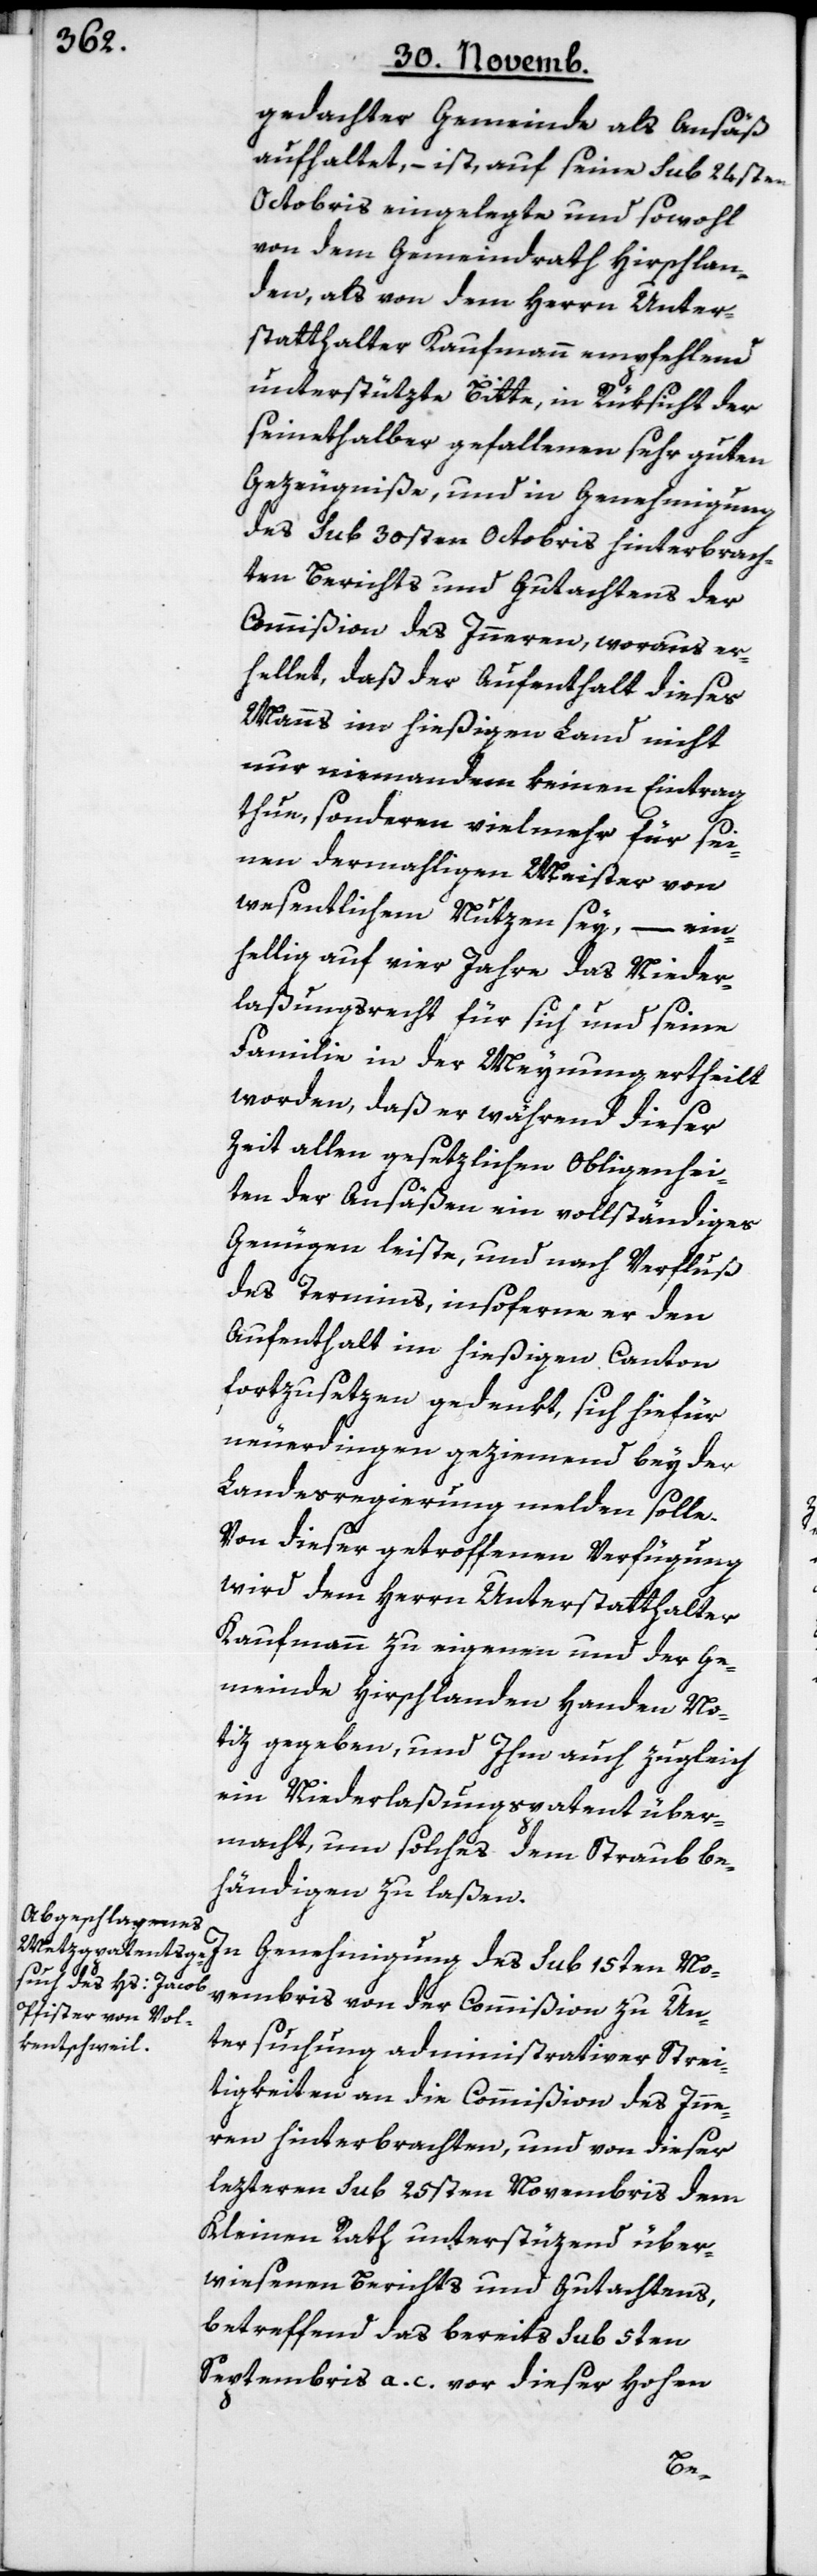
gedachter Gemeinde als Ansäß
aufhaltet, – ist, auf seine sub 24sten
Octobris eingelegte und sowohl
von dem Gemeindrath Hirschlan¬
den, als von dem Herrn Unter¬
statthalter Kaufmann empfehlend
unterstützte Bitte, in Rüksicht der
seinethalber gefallenen sehr guten
Gezeugniße, und in Genehmigung
des sub 30sten Octobris hinterbrach¬
ten Berichts und Gutachtens der
Commißion des Innern, woraus er¬
hellet, daß der Aufenthalt dieses
Manns im hießigen Land nicht
nur niemandem keinen Eintrag
thue, sonderen vielmehr für sei¬
nen dermahligen Meister von
wesentlichem Nutzen sey, – ein¬
hellig auf vier Jahre das Nieder¬
laßungsrecht für sich und seine
Familie in der Meynung ertheilt
worden, daß er während dieser
Zeit allen gesetzlichen Obliegenhei¬
ten der Ansäßen ein vollständiges
Genügen leiste, und nach Verfluß
des Termins, insoferne er den
Aufenthalt im hießigen Canton
fortzusetzen gedenkt, sich hiefür
neuerdingen geziemend bey der
Landesregierung melden solle.
Von dieser getroffenen Verfügung
wird dem Herrn Unterstatthalter
Kaufmann zu eigenen und der Ge¬
meinde Hirschlanden Handen No¬
tiz gegeben, und Ihm auch zugleich
ein Niederlaßungspatent über¬
macht, um solches dem Straub be¬
händigen zu laßen.
In Genehmigung des sub 15ten No¬
vembris von der Commißion zu Un¬
tersuchung administrativer Strei¬
tigkeiten an die Commißion des Inne¬
rn hinterbrachten, und von dieser
lezteren sub 25sten Novembris dem
Kleinen Rath unterstüzend über¬
wiesenen Berichts und Gutachtens,
betreffend des bereits sub 5ten
Septembris a. c. vor dieser Hohen